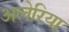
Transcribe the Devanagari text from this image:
अलेरिया